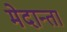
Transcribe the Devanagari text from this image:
मेदान्ता